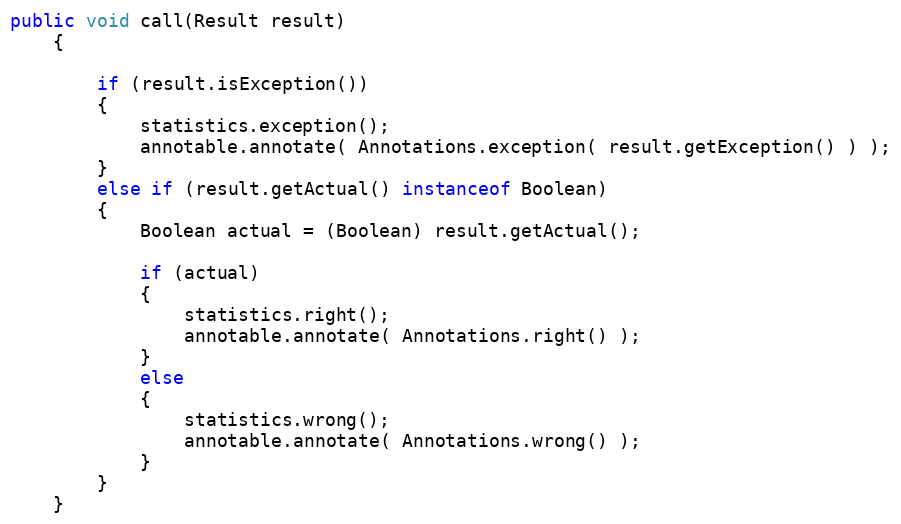
Language: Java
public void call(Result result)
    {

        if (result.isException())
        {
            statistics.exception();
            annotable.annotate( Annotations.exception( result.getException() ) );
        }
        else if (result.getActual() instanceof Boolean)
        {
            Boolean actual = (Boolean) result.getActual();

            if (actual)
            {
                statistics.right();
                annotable.annotate( Annotations.right() );
            }
            else
            {
                statistics.wrong();
                annotable.annotate( Annotations.wrong() );
            }
        }
    }